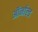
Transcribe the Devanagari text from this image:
ऑर्नाल्ड